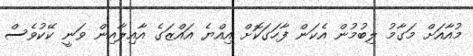
މުއާއަށް މަގާމު ލިބުމުން އެކަން ފާހަގަކޮށް އިއްޔެ އައްޒަގެ އާއިލާއިން ވަނީ ކޭކުވެސް